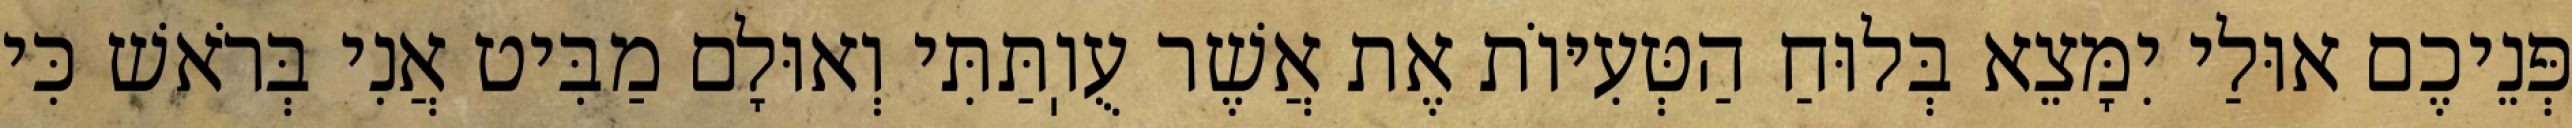
פְּנֵיכֶם אוּלַי יִמָּצֵא בְּלוּחַ הַטְּעִיּוֹת אֶת אֲשֶׁר עֻוֽתַּתִּי וְאוּלָם מַבִּיט אֲנִי בְּרֹאשׁ כִּי